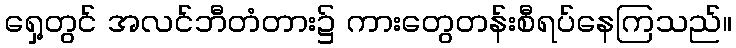
ရှေ့တွင် အလင်ဘီတံတား၌ ကားတွေတန်းစီရပ်နေကြသည်။